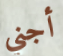
أجني